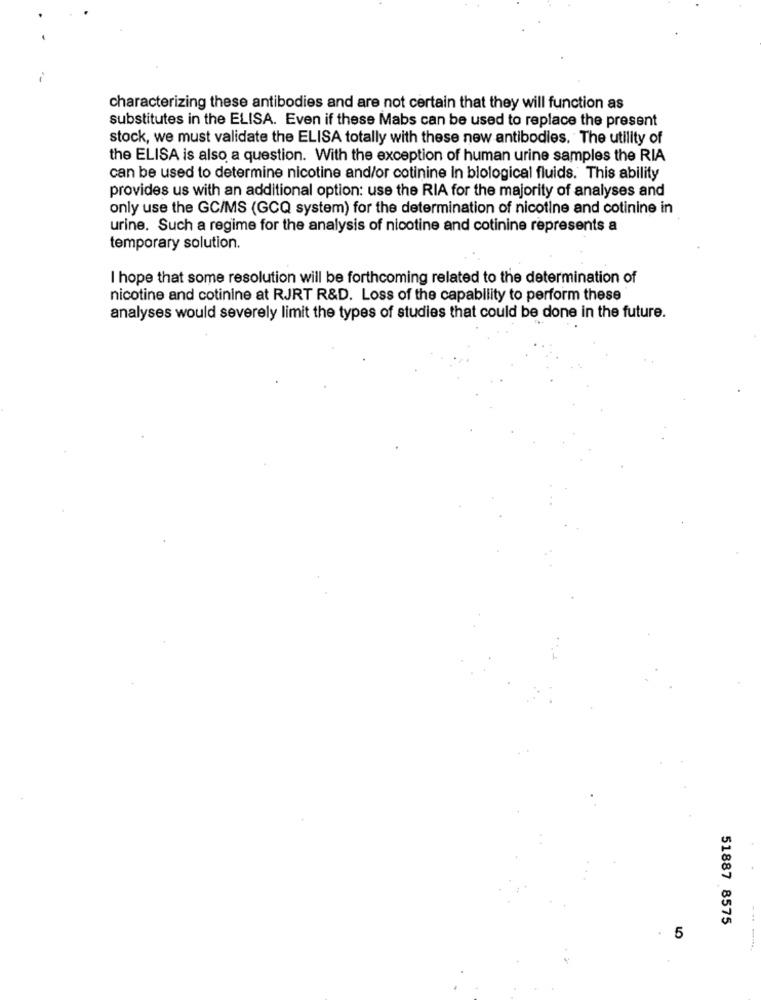
characterizing these antibodies and are not certain that they will function as
substitutes in the ELISA. Even if these Mabs can be used to replace the present
stock, we must validate the ELISA totally with these new antibodies. The utility of
the ELISA is also a question. With the exception of human urine samples the RIA
can be used to determine nicotine and/or cotinine In blological fluids. This ability
provides us with an additional option: use the RIA for the majority of analyses and
only use the GC/MS (GCQ system) for the determination of nicotine and cotinine in
urine. Such a regime for the analysis of nicotine and cotinine represents a
temporary solution.
I hope that some resolution will be forthcoming related to the determination of
nicotine and cotinine at RJRT R&D. Loss of the capability to perform these
analyses would severely limit the types of studies that could be done in the future.
51887 8575
5
-------